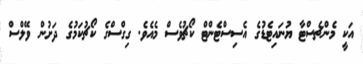
އަކީ މެންޗެސްޓާ ޔުނައިޓެޑުގެ އެސިސްޓެންޓް ކޯޗުވެސް މެއެވެ. ގިގްސްގެ ކޯޗުކަމުގެ ދަށުން ވޭލްސް